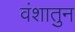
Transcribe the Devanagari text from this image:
वंशातुन